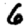
Digit: 6